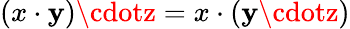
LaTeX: (x\cdot\mathbf{y})\cdotz=x\cdot(\mathbf{y}\cdotz)